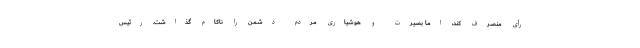
رأی منصرف کند، اما بصیرت و هوشیاری مردم دشمن را ناکام گذاشت. رئیس